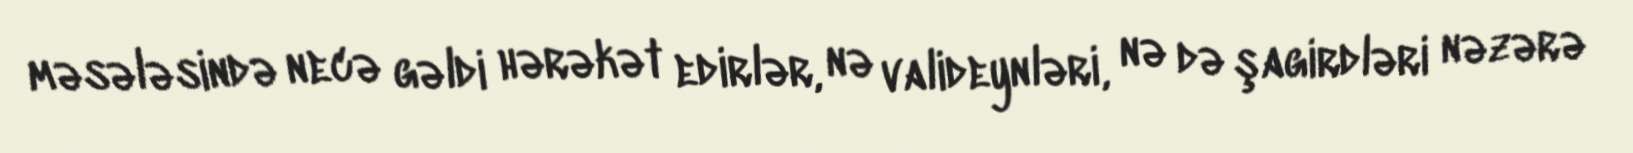
məsələsində necə gəldi hərəkət edirlər, nə valideynləri, nə də şagirdləri nəzərə